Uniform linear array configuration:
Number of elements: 4
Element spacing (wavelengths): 0.5
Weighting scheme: binomial
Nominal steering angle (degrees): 60
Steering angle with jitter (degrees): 59.561
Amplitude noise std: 0.05
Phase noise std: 0.05

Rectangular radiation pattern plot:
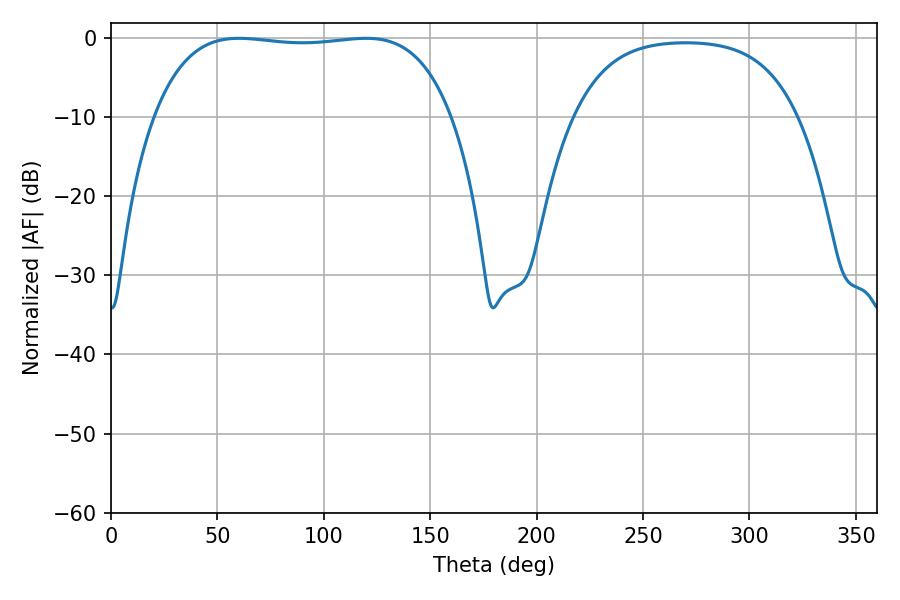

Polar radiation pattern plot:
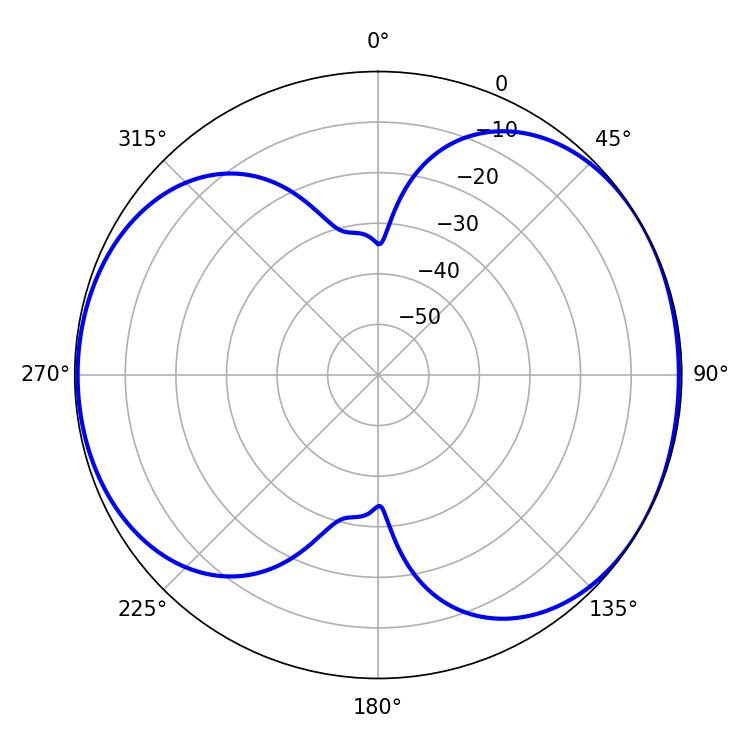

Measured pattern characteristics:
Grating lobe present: FALSE
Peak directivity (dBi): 5.582
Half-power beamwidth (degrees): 110.88
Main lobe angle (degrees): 60.12